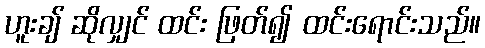
ဟူးချ် ဆိုလျှင် ထင်း ဖြတ်၍ ထင်းရောင်းသည်။